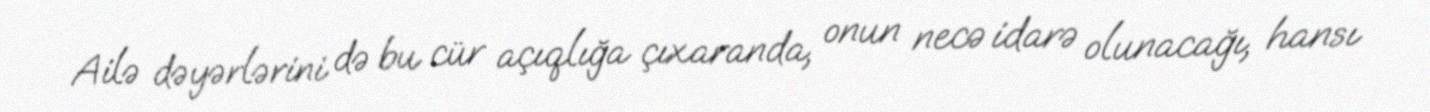
Ailə dəyərlərini də bu cür açıqlığa çıxaranda, onun necə idarə olunacağı, hansı